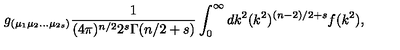
g _ { ( \mu _ { 1 } \mu _ { 2 } \ldots \mu _ { 2 s } ) } \frac { 1 } { ( 4 \pi ) ^ { n / 2 } 2 ^ { s } \Gamma ( n / 2 + s ) } \int _ { 0 } ^ { \infty } d k ^ { 2 } ( k ^ { 2 } ) ^ { ( n - 2 ) / 2 + s } f ( k ^ { 2 } ) ,